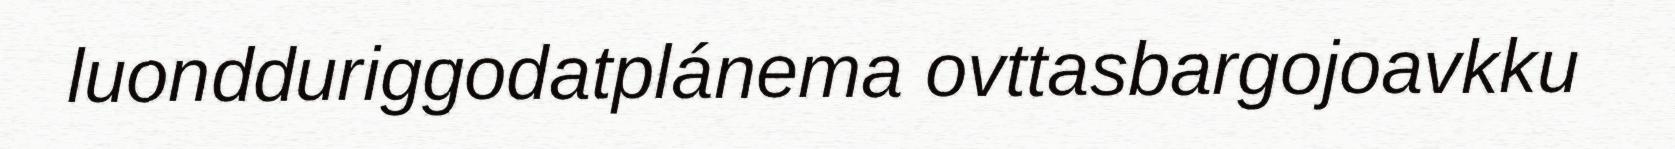
luondduriggodatplánema ovttasbargojoavkku